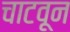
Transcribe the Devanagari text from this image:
चाटवून